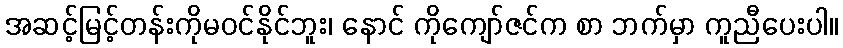
အဆင့်မြင့်တန်းကိုမဝင်နိုင်ဘူး၊ နောင် ကိုကျော်ဇင်က စာ ဘက်မှာ ကူညီပေးပါ။